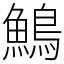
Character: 鷠